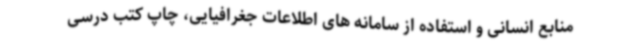
منابع انسانی و استفاده از سامانه های اطلاعات جغرافیایی، چاپ کتب درسی